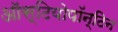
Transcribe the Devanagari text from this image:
ऑस्टियोपॉन्टिन